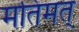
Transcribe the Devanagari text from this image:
मतिमत्‌